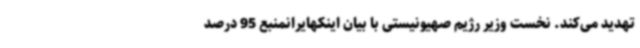
تهدید می‌کند. نخست وزیر رژیم صهیونیستی با بیان اینکهایرانمنبع 95 درصد